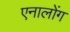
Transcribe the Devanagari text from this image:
एनालोंग